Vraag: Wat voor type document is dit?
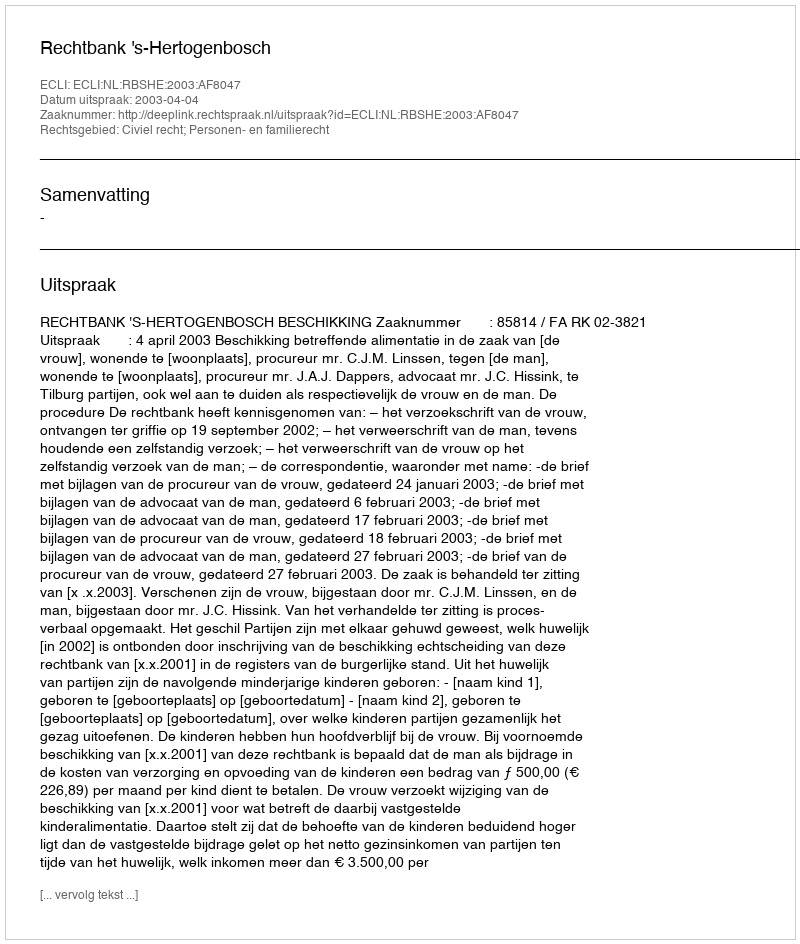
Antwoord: Uitspraak